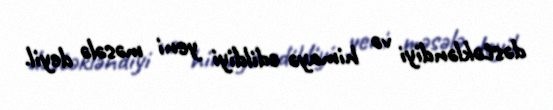
dəstəkləndiyi və himayə edildiyi yeni məsələ deyil.